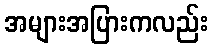
အများအပြားကလည်း